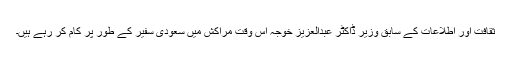
ثقافت اور اطلاعات کے سابق وزیر ڈاکٹر عبدالعزیز خوجہ اس وقت مراکش میں سعودی سفیر کے طور پر کام کر رہے ہیں۔